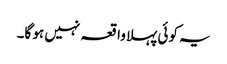
یہ کوئی پہلا واقعہ نہیں ہو گا۔